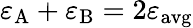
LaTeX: \varepsilon_{\mathrm{A}}+\varepsilon_{\mathrm{B}}=2\varepsilon_{\mathrm{avg}}